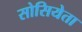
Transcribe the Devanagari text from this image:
सोसियेता